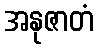
အနုဇာတံ